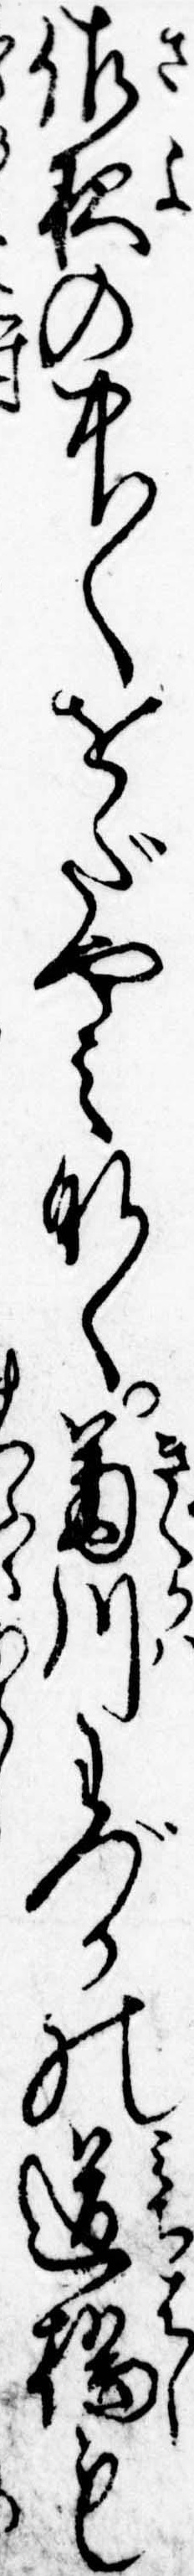
佐夜の中〱をだやみなく菊川わづかの道橋も